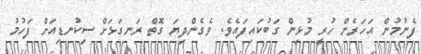
ފެނުމުން އަހަރެން ހުރީ މުޅިން ގަބުކައިފައެވެ. ވެގެންދިޔަ ގޮތް ރަނގަޅަށް ސިކުނޑިއަށް ފަހުމު